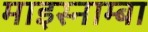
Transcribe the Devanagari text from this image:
माइस्नाम्बा